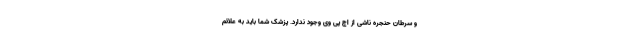
و سرطان حنجره ناشی از اچ پی وی وجود ندارد. پزشک شما باید به علائم